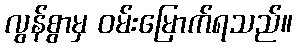
လွန်စွာမှ ဝမ်းမြောက်ရသည်။